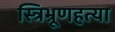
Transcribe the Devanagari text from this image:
स्त्रिभ्रूणहत्या